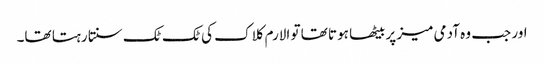
اور جب وہ آدمی میز پر بیٹھا ہوتا تھا تو الارم کلاک کی ٹک ٹک سنتا رہتا تھا۔